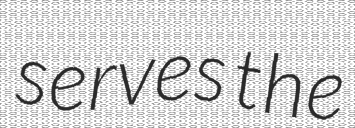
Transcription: serves the